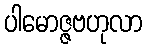
ပါမောဇ္ဇဗဟုလာ